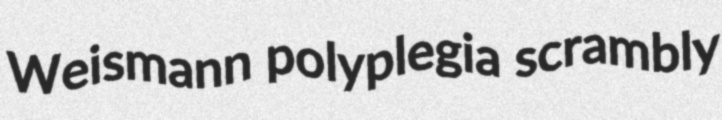
Weismann polyplegia scrambly